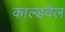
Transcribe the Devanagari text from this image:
काल्डवैल